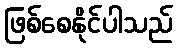
ဖြစ်စေနိုင်ပါသည်